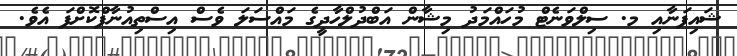
ޝައިފަނާއި މ. ސިލްވަނެޓް މުހައްމަދު މިޝާން އަބްދުލްހާދީގެ މައްސަލަ ވެސް އިސްތިއުނާފްކޮށްފަ އެވެ.